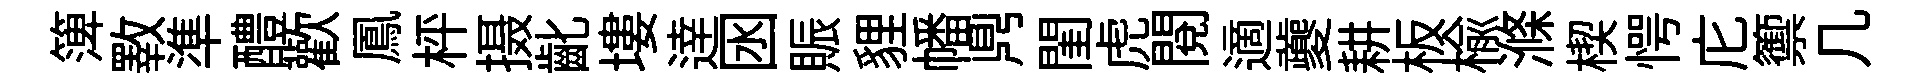
𥱼斁準醴歡鳳枰摄齔塿逹囦賑貍幡𪔂閨虎閱適夔耕板楡滌楔愕庀籞几